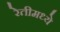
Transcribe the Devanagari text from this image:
रेतीमध्ये